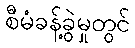
စီမံခန့်ခွဲမှုတွင်